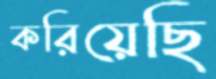
করিয়েছি